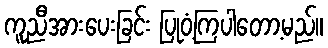
ကူညီအားပေးခြင်း ပြုဝံ့ကြပါတော့မည်။